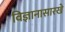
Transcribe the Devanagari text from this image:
विज्ञानासारखे